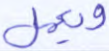
ويعمل